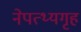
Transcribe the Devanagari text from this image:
नेपत्थ्यगृह